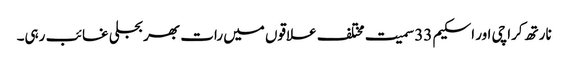
نارتھ کراچی اور اسکیم 33 سمیت مختلف علاقوں میں رات بھر بجلی غائب رہی۔